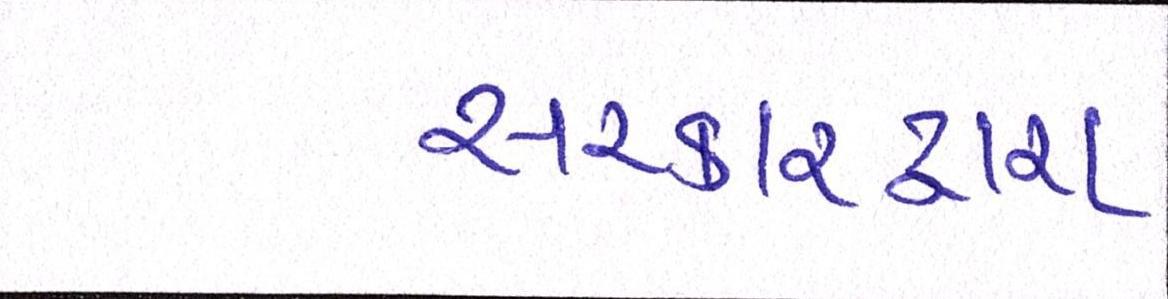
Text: સરકારદ્વારા